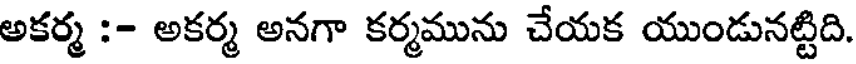
అకర్మ :- అకర్మ అనగా కర్మమును చేయక యుండునట్టిది.